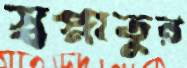
স্বপ্নাতুর